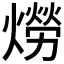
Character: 𤏪